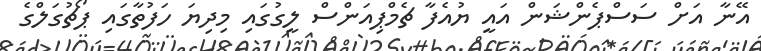
އޭނާ އަށް ސަސްޕެންޝަން އައީ ޔުއެފާ ޗެމްޕިއަންސް ލީގުގައި މިދިޔަ ހަފުތާގައި ޕޯޗުގަލްގެ